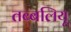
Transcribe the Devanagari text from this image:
तब्बलियू